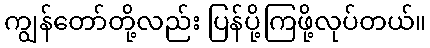
ကျွန်တော်တို့လည်း ပြန်ပို့ကြဖို့လုပ်တယ်။